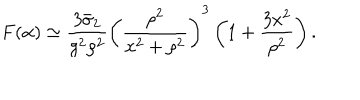
F ( \alpha ) \simeq \frac { 3 \bar { \sigma } _ { 2 } } { g ^ { 2 } \rho ^ { 2 } } \left( \frac { \rho ^ { 2 } } { x ^ { 2 } + \rho ^ { 2 } } \right) ^ { 3 } \left( 1 + \frac { 3 x ^ { 2 } } { \rho ^ { 2 } } \right) .